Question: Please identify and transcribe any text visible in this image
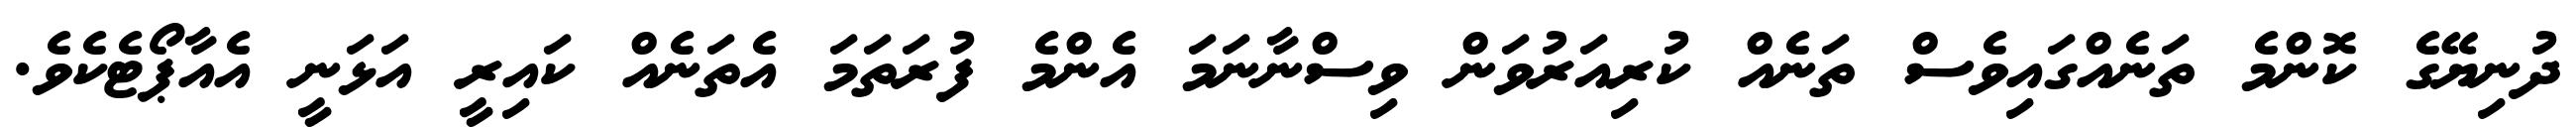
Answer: ދުނިޔޭގެ ކޮންމެ ތަނެއްގައިވެސް ތަނެއް ކުރިއަރުވަން ވިސްނާނަމަ އެންމެ ފުރަތަމަ އެތަނެއް ކައިރީ އަޅަނީ އެއާޕޯޓެކެވެ.